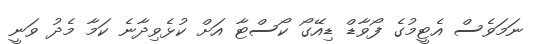
ނަމަވެސް އެޓީމުގެ ފޯވާޑް ޑިއޭގޯ ކޯސްޓާ އަށް ކުޅެވިދާނެ ކަމާ މެދު ވަނީ